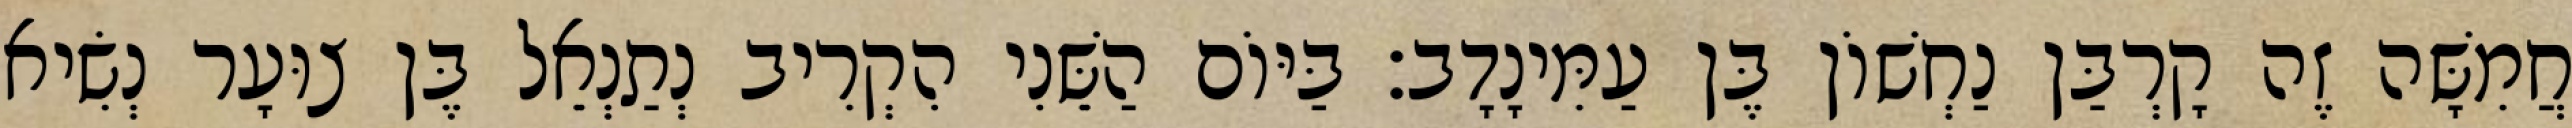
חֲמִשָּׁה זֶה קָרְבַּן נַחְשׁוֹן בֶּן עַמִּינָדָב׃ בַּיּוֹם הַשֵּׁנִי הִקְרִיב נְתַנְאֵל בֶּן צוּעָר נְשִׂיא